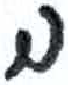
אות: ב